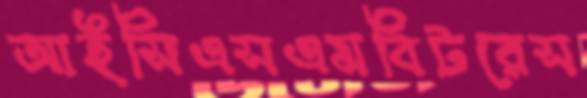
আইসিএসএমবিটরেস